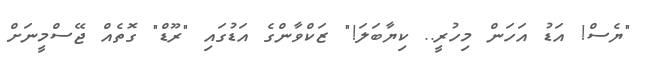
"ޔެސް! އަޑު އަހަން މިހުރީ.. ކިޔާބަލަ!" ޒަކްވާންގެ އަޑުގައި "ރޫޑް" ގޮތެއް ޖޭސްމީނަށް